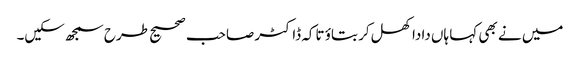
میں نے بھی کہا ہاں دادا کھل کر بتاؤ تاکہ ڈاکٹر صاحب صحیح طرح سمجھ سکیں۔